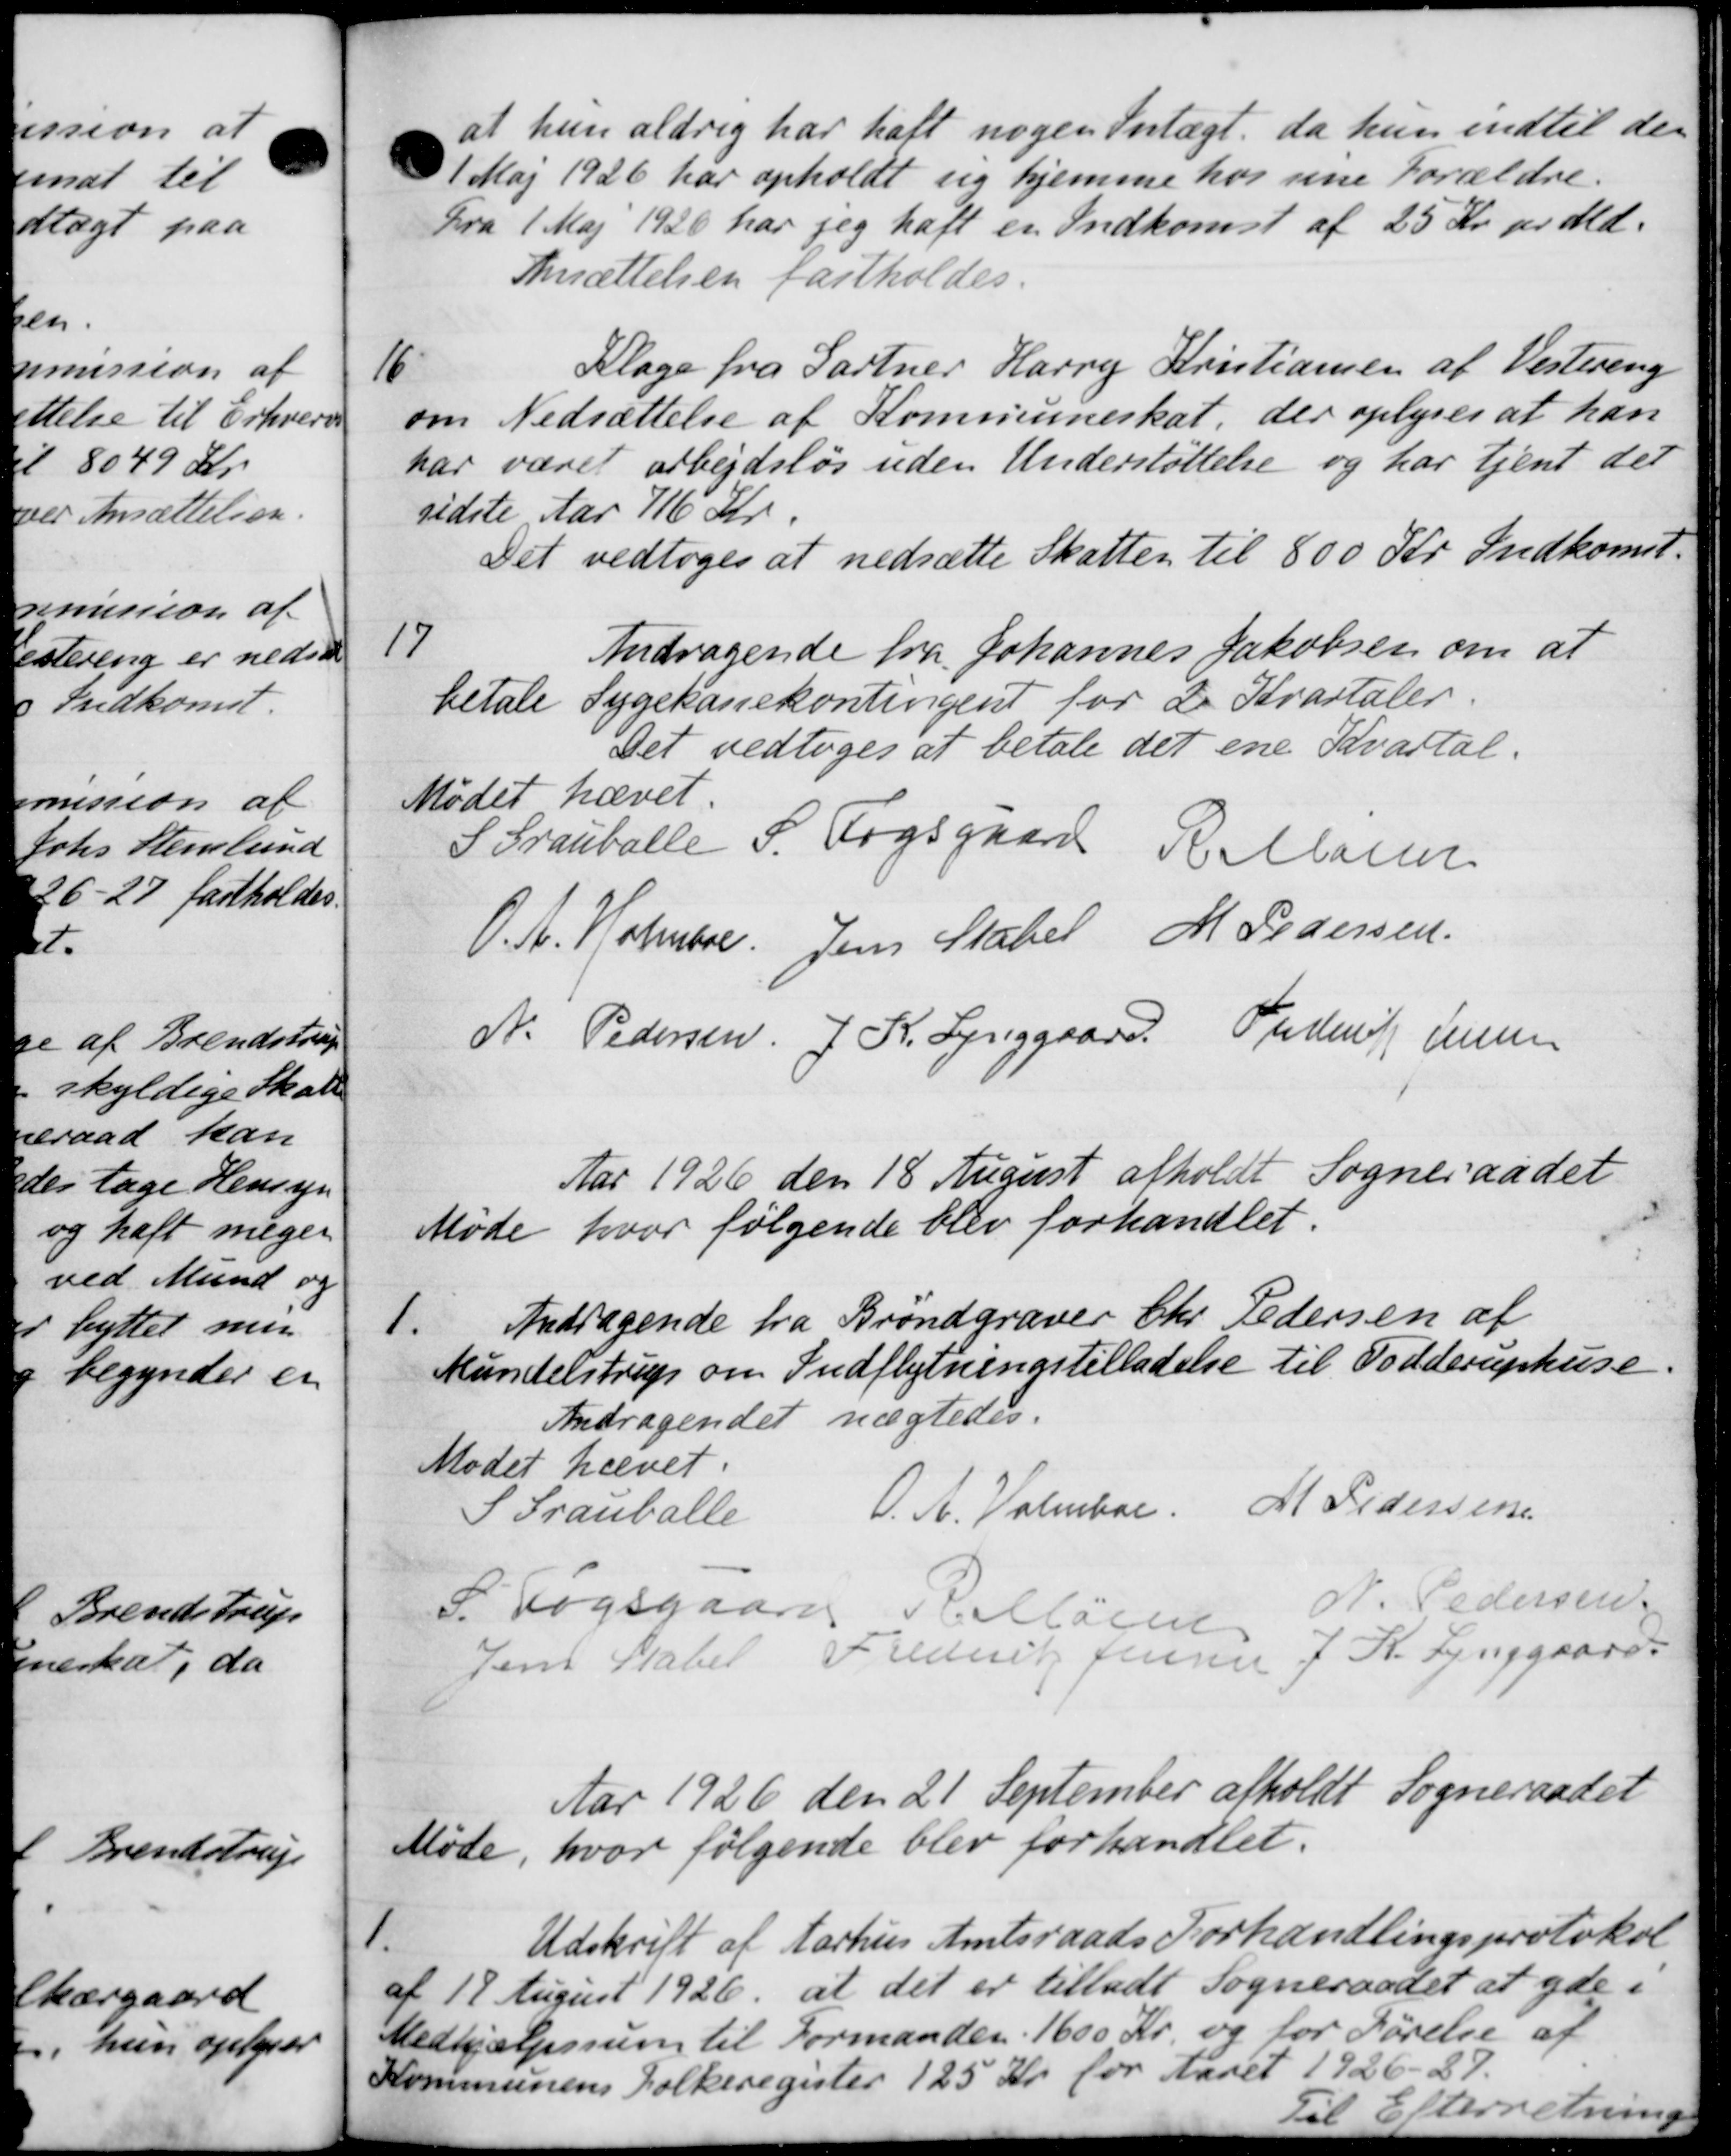
Transskription:
at hun aldrig har haft nogen Intægt, da hun indtil der
1 Maj 1926 har opholdt sig hjemme hos sine Forældre.
Fra 1 Maj 1920 har jeg haft en Indkomst af 25 Kr. pr Md.
Ansættelsen fastholdes.
16
Klage fra Gartner Harry Kristiansen af Vestering
om Nedsættelse af Kommuneskat, der oplyses at han
har været arbejdsløs uden Understøttelse og har tjent der
sidste Aar 116 Kr.
Det vedtoges at nedsætte Skatten til 800 Kr. Indkomst.
17
Andragende fra Johannes Jakobsen om at
betale Sygekassekontingent for 2 Kvartaler
Det vedtoges at betale det ene Kvartal.
Mødet hævet
S Grauballe P. Fogsgaard R. Marien
O.A. Holmbre. Jens Stabel M Pedersen
N. Pedersen. J. K. Lynggaard Frederik Jensen
Aar 1926 den 18 August afholdt Sogneraadet
Møde hvor følgende blev forhandlet.
1.
Andragende fra Brøndgraver Chr. Pedersen af
Mundelstrup om Indflytningstilladelse til Todderuphuse.
Andragendet nægtedes.
Mødet hævet.
S Tranballe
O. A. Valmboe. M Pedersen
N. Pedersen
P Fogsgaard Pelløsen
Jens Stabel
Frederik Jensen J. R. Lynggaard
Aar 1926 den 21 September afholdt Sogneraadet
Møde, hvor følgende blev forhandlet.
1.
Udskrift af Aarhus Amtsraads Forhandlingsprotokol
af 19 August 1926, at det er tilladt Sogneraadet at yde i
Medhjælpsning til Formanden. 1600 Kr. og for Førelse af
Kommunens Folkeregister 125 Kr for Aaret 1926-27.
Til Efterretning